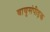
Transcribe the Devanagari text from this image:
वायुसंपीड़क